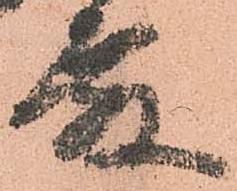
殿